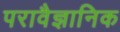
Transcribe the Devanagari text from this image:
परावैज्ञानिक